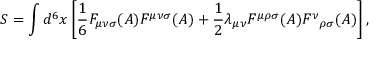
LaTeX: S = \int d ^ { 6 } x \left[ { \frac 1 6 } F _ { { \mu } { \nu } { \sigma } } ( A ) F ^ { { \mu } { \nu } { \sigma } } ( A ) + { \frac 1 2 } { \lambda } _ { { \mu } { \nu } } { \cal F } ^ { { \mu } { \rho } { \sigma } } ( A ) { { \cal F } ^ { \nu } } _ { { \rho } { \sigma } } ( A ) \right] ,